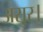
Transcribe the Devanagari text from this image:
असुर।